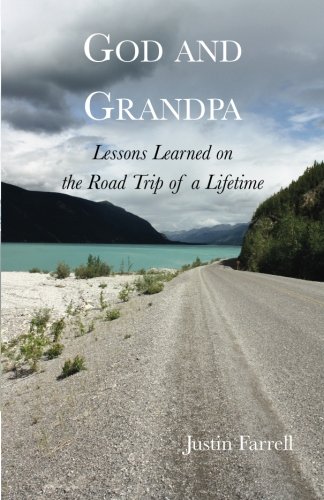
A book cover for God and Grandpa: Lessons Learned on the Road Trip of a Lifetime; Justin Farrell; Parenting & Relationships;